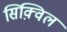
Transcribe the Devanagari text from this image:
सिक़्विल